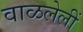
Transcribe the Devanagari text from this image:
वाळलेलीं